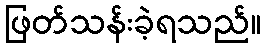
ဖြတ်သန်းခဲ့ရသည်။